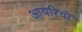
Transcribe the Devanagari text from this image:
आयरियों